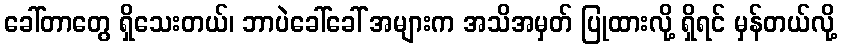
ခေါ်တာတွေ ရှိသေးတယ်၊ ဘာပဲခေါ်ခေါ် အများက အသိအမှတ် ပြုထားလို့ ရှိရင် မှန်တယ်လို့